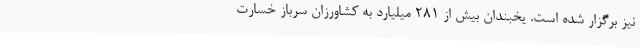
نیز برگزار شده است. یخبندان بیش از 281 میلیارد به کشاورزان سرباز خسارت